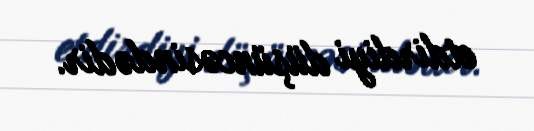
etdirdiyi düşüncəsindədir.